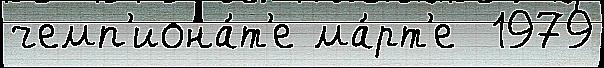
чемп'иона́т'е ма́рт'е  1979